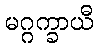
မဂ္ဂက္ခာယီ